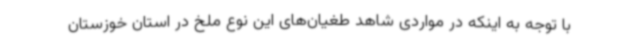
با توجه به اینکه در مواردی شاهد طغیان‌های این نوع ملخ در استان خوزستان